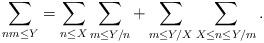
LaTeX: \begin{align*} \sum_{nm \leq Y} = \sum_{n \leq X} \sum_{m \leq Y/n} +\sum_{m \leq Y/X} \sum_{X \leq n \leq Y/m}. \end{align*}